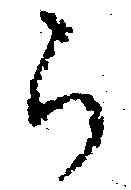
ら